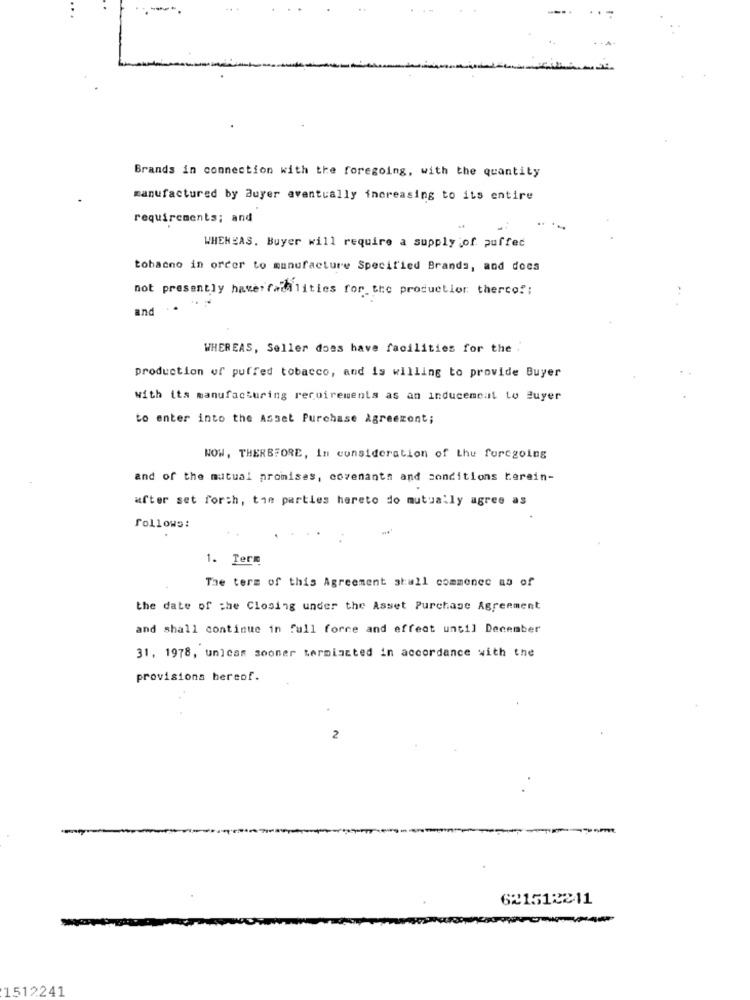
Brands in connection with the foregoing, with the quantity
manufactured by Buyer eventually increasing to its entire
requirements; and
WHENEAS. Buyer will require a supply of puffed
tobacno in order to manufacture Specified Brands, and docs
not presently haverfatalities for the production therco !:
and
WHEREAS, Seller does have facilities for the .
production of puffed tobacco, and is willing to provide Buyer
with its manufacturing requirements as an inducemeat to Buyer
to enter into the Asset Purchase Agreement;
NOW, THEREFORE, In consideration of the furcgoing
and of the mutual promises, covenants and conditions berein-
after set forth, the parties hereto do mutually agree as
follows:
1. Term
The term of this Agreement shall commence as of
the date of the Closing under the Asset Purchase Agreement
and shall continue in full force and effect until December
31, 1978, unicas sooner termistted in accordance with the
provisions hereof.
2
621512241
1512241